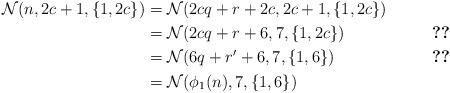
LaTeX: \begin{align*}\mathcal{N}(n, 2c+1, \{1,2c\})&=\mathcal{N}(2cq+r+2c, 2c+1, \{1,2c\})\\ &= \mathcal{N}(2cq+ r+6,7,\{1,2c\}) &\ref{two}\\&=\mathcal{N}(6q+r'+6,7,\{1,6\}) &\ref{three}\\&=\mathcal{N}(\phi_1(n),7,\{1,6\}) &\end{align*}